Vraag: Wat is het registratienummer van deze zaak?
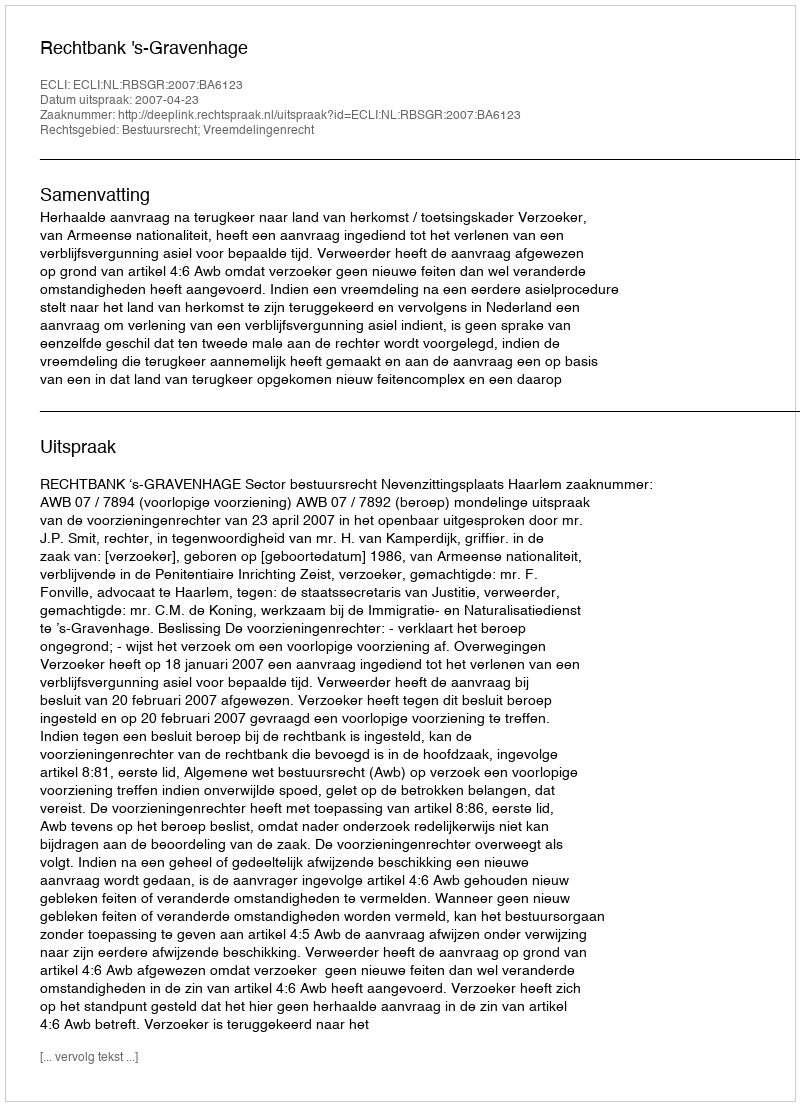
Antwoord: http://deeplink.rechtspraak.nl/uitspraak?id=ECLI:NL:RBSGR:2007:BA6123